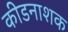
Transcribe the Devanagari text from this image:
कीडनाशक